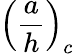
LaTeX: \left(\frac{a}{h}\right)_{c}